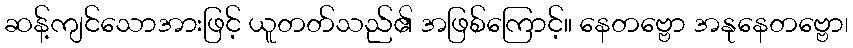
ဆန့်ကျင်သောအားဖြင့် ယူတတ်သည်၏ အဖြစ်ကြောင့်။ နေတဗ္ဗော အနုနေတဗ္ဗော၊